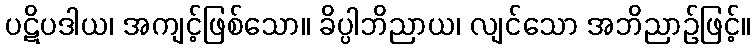
ပဋိပဒါယ၊ အကျင့်ဖြစ်သော။ ခိပ္ပါဘိညာယ၊ လျင်သော အဘိညာဉ်ဖြင့်။